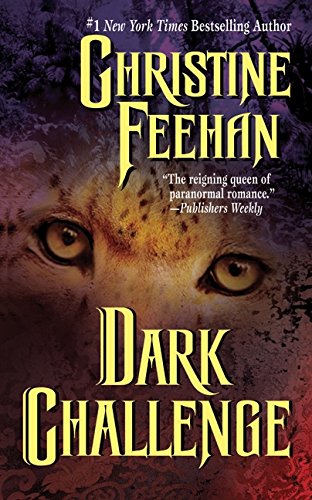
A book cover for Dark Challenge (Dark Series); Christine Feehan; Romance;